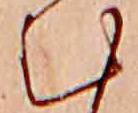
む